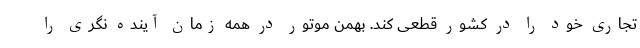
تجاری خود را در کشور قطعی کند. بهمن موتور در همه زمان آینده نگری را